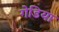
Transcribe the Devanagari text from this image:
गेडिया